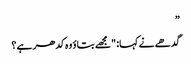
”
گدھے نے کہا: "مجھے بتاؤ وہ کدھر ہے؟